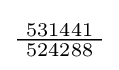
{\tfrac {\ 531441\ }{524288}}